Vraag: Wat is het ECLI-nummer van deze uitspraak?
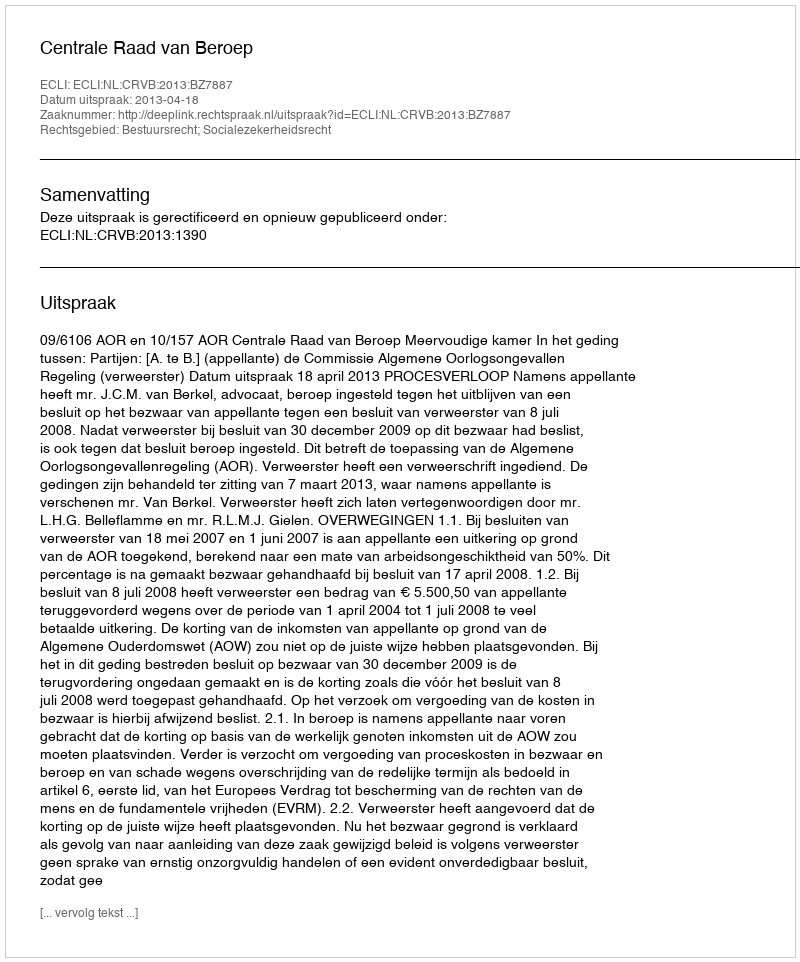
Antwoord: ECLI:NL:CRVB:2013:BZ7887